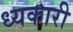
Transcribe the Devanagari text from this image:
ध्यकारी